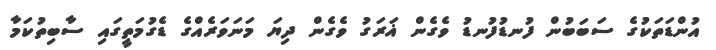
އުންޑަތަކުގެ ސަބަބުން ފުނޑުފުނޑު ވެގެން ޣަރަގު ވެގެން ދިޔަ މަނަވަރެއްގެ ޑެގުމަތީގައި ސާބިތުކަމާ